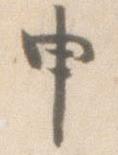
申